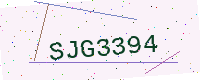
Text: SJG3394